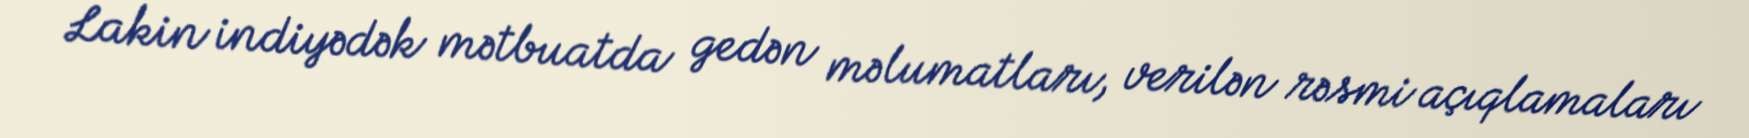
Lakin indiyədək mətbuatda gedən məlumatları, verilən rəsmi açıqlamaları